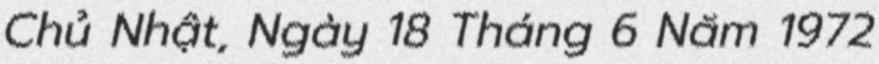
Chủ Nhật, Ngày 18 Tháng 6 Năm 1972